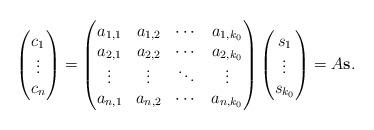
LaTeX: \begin{align*} \begin{pmatrix} c_1 \\ \vdots \\ c_{n} \end{pmatrix}= \begin{pmatrix} a_{1,1} & a_{1,2} & \cdots & a_{1,{k_0}} \\ a_{2,1} & a_{2,2} & \cdots & a_{2,{k_0}} \\ \vdots & \vdots & \ddots & \vdots \\ a_{n,1} & a_{n,2} & \cdots & a_{n,{k_0}} \end{pmatrix} \begin{pmatrix} s_1 \\ \vdots \\ s_{k_0} \end{pmatrix} = A \bf{s}.\end{align*}